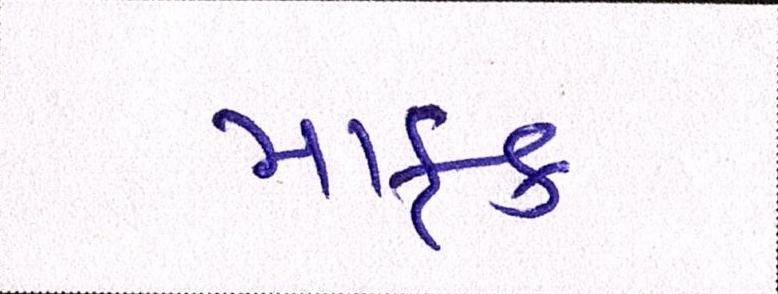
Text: માફક